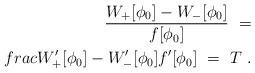
LaTeX: \begin{align*}\frac{W_+[\phi_0]-W_-[\phi_0]}{f[\phi_0]}\ = \\frac{W'_+[\phi_0]-W'_-[\phi_0]}{f'[\phi_0]}\ = \ T \ .\end{align*}